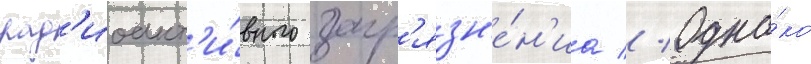
рад'иоакт'и́вного загр'язн'е́н'иа // Одна́ко